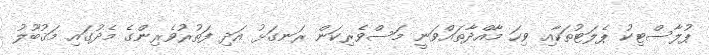
ޕުލާސްޓިކު ޕެލަޓުތަކާއި ވިހަ މާއްދާތައްވަނީ މަސްވެރިކަން ރަނގަޅު އަދި ފަތުރުވެރިންގެ މެދުގައި މަޤުބޫލު